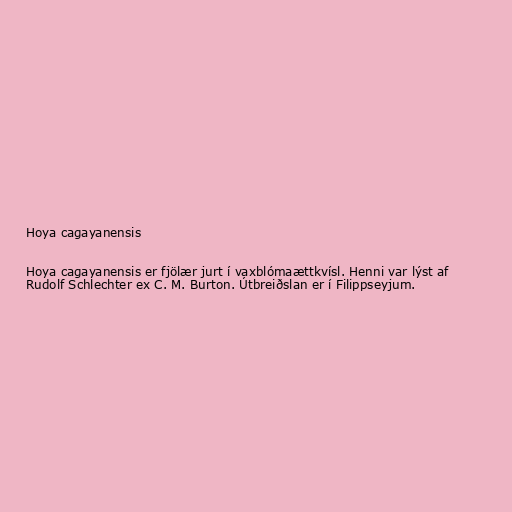
Hoya cagayanensis

Hoya cagayanensis er fjölær jurt í vaxblómaættkvísl. Henni var lýst af
Rudolf Schlechter ex C. M. Burton. Útbreiðslan er í Filippseyjum.